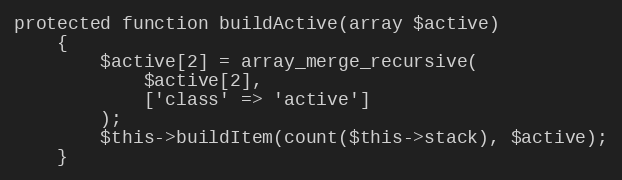
Language: PHP
protected function buildActive(array $active)
    {
        $active[2] = array_merge_recursive(
            $active[2],
            ['class' => 'active']
        );
        $this->buildItem(count($this->stack), $active);
    }